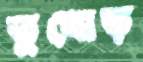
তুখোড়